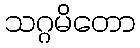
သဂ္ဂမိတော